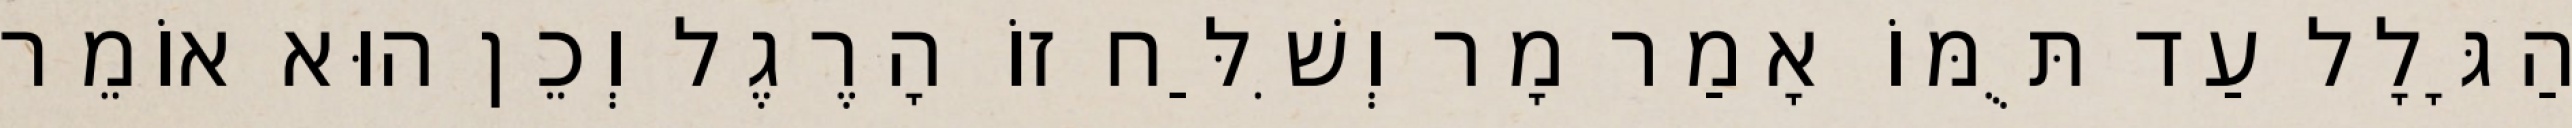
הַגָּלָל עַד תֻּמּוֹ אָמַר מָר וְשִׁלַּח זוֹ הָרֶגֶל וְכֵן הוּא אוֹמֵר